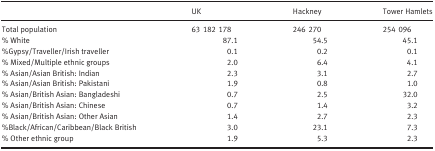
<table><thead><tr><td></td><td><b>UK</b></td><td><b>Hackney</b></td><td><b>Tower Hamlets</b></td></tr></thead><tbody><tr><td>Total population</td><td>63 182 178</td><td>246 270</td><td>254 096</td></tr><tr><td>% White</td><td>87.1</td><td>54.5</td><td>45.1</td></tr><tr><td>%Gypsy/Traveller/Irish traveller</td><td>0.1</td><td>0.2</td><td>0.1</td></tr><tr><td>% Mixed/Multiple ethnic groups</td><td>2.0</td><td>6.4</td><td>4.1</td></tr><tr><td>% Asian/Asian British: Indian</td><td>2.3</td><td>3.1</td><td>2.7</td></tr><tr><td>% Asian/Asian British: Pakistani</td><td>1.9</td><td>0.8</td><td>1.0</td></tr><tr><td>% Asian/British Asian: Bangladeshi</td><td>0.7</td><td>2.5</td><td>32.0</td></tr><tr><td>% Asian/British Asian: Chinese</td><td>0.7</td><td>1.4</td><td>3.2</td></tr><tr><td>% Asian/British Asian: Other Asian</td><td>1.4</td><td>2.7</td><td>2.3</td></tr><tr><td>%Black/African/Caribbean/Black British</td><td>3.0</td><td>23.1</td><td>7.3</td></tr><tr><td>% Other ethnic group</td><td>1.9</td><td>5.3</td><td>2.3</td></tr></tbody></table>